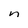
Character: n